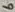
Text: 6